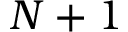
N + 1